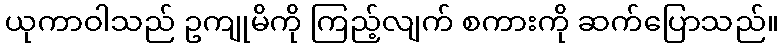
ယုကာဝါသည် ဥကျုမိကို ကြည့်လျက် စကားကို ဆက်ပြောသည်။